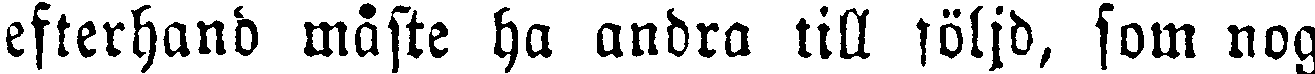
efterhand måste ha andra till följd, som nog